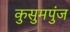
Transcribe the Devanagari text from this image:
कुसुमपुंज